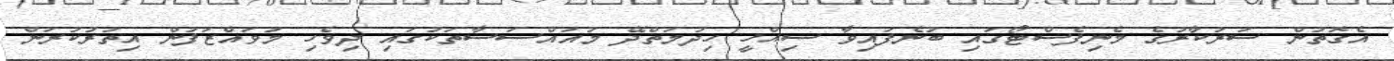
އެގޮތުން ސަރުކާރުގެ މެނިފެސްޓޯގައި ބުނެފައިވާ ސިއްހީ ހިދުމަތްދޭ މުއައްސަސާތަކުގައި ދިވެހި މުވައްޒަފުން އިތުރުކުރަން